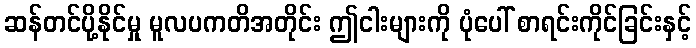
ဆန်တင်ပို့နိုင်မှု မူလပကတိအတိုင်း ဤငါးများကို ပုံပေါ် စာရင်းကိုင်ခြင်းနှင့်